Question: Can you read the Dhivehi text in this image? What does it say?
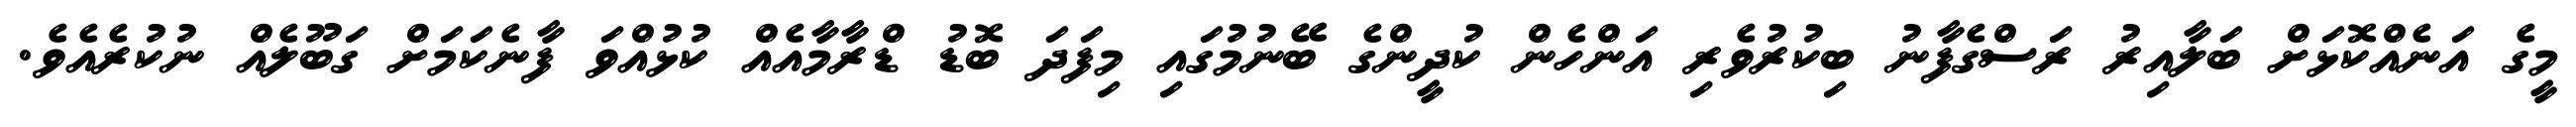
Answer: މީގެ އަނެއްކޮޅަށް ބަލާއިރު ރަސްގެފާނު ބިކުރުވެރި އަންހެން ކުދީންގެ ބޭނުމުގައި މިފަދަ ބޮޑު ޑްރާމާއެއް ކުޅުއްވަ ފާނެކަމަށް ގަބޫލެއް ނުކުރެއެވެ.